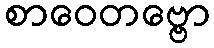
စာဝေတဗ္ဗော